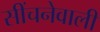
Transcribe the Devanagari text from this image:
सींचनेवाली